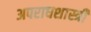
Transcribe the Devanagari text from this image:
अपराधशास्त्री